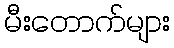
မီးတောက်များ